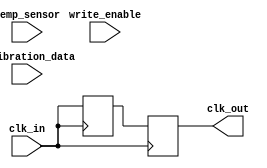
module TempCompClockBuffer (
    input wire clk_in,               // Input clock signal
    input wire [7:0] temp_sensor,    // 8-bit temperature sensor input
    input wire write_enable,          // Signal to write to memory
    input wire [7:0] calibration_data, // Calibration data to write
    output reg clk_out               // Output compensated clock signal
);

// Memory block for storing calibration data
reg [7:0] calibration_memory [0:255]; // 256 entries of 8-bit calibration data
reg [7:0] current_calibration;         // Current calibration value
reg [7:0] delay_adjustment;            // Delay adjustment based on temperature

// Clock buffer circuitry (simple buffer for illustration)
reg clk_buffer;                        // Intermediate clock buffer

// Temperature compensation logic
always @(posedge clk_in) begin
    // Write calibration data to memory if enabled
    if (write_enable) begin
        calibration_memory[temp_sensor] <= calibration_data;
    end
    
    // Read current calibration value based on temperature
    current_calibration <= calibration_memory[temp_sensor];
    
    // Determine delay adjustment based on current calibration
    // For simplicity, we assume a linear relationship
    delay_adjustment <= current_calibration; // Placeholder for actual compensation logic

    // Adjust clock output based on delay adjustment
    // This is a simplified model; actual implementation would require precise timing control
    clk_buffer <= clk_in; // Buffer the input clock
    clk_out <= clk_buffer; // Output the buffered clock
end

endmodule